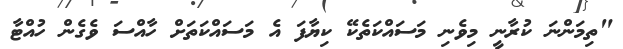
"ތިމަންނަ ކުރާނީ މިވެނި މަސައްކަތެކޭ ކިޔާފަ އެ މަސައްކަތަށް ހާއްސަ ވެގެން ހުއްޓާ